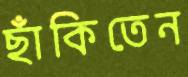
ছাঁকিতেন